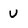
Character: U